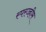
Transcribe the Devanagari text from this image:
स्परज्हीम